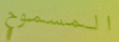
المسموح